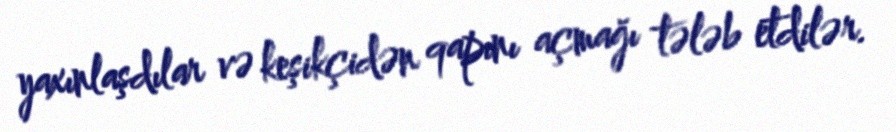
yaxınlaşdılar və keşikçidən qapını açmağı tələb etdilər.